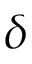
\delta